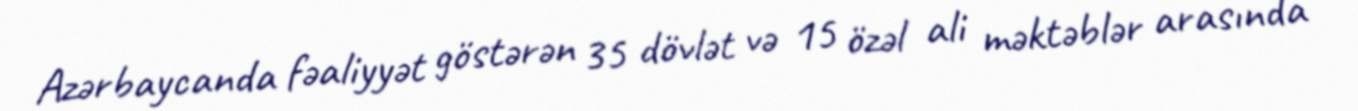
Azərbaycanda fəaliyyət göstərən 35 dövlət və 15 özəl ali məktəblər arasında